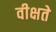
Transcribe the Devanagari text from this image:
वीक्षते